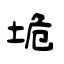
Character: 垝